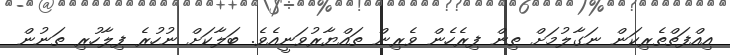
އިއްފަތްތެރިކަން ނަގާލުމަށް ތިން ފިރެހެން ވެރިން ތައްޔާރުވަނީއެވެ. ބަލާކަށް ނުހުރެ ފިލާހުރި ތަނުން